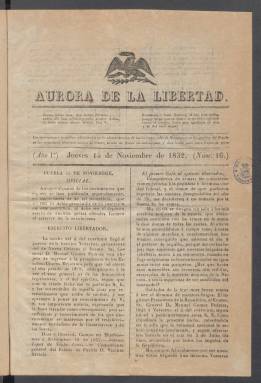
Título: Aurora de la libertad
Colección: Periódicos anteriores a 1850
Ámbito geográfico: México
Lugar de publicación: Puebla
Fechas: 15/11/1832-12/02/1833